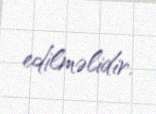
edilməlidir.